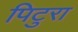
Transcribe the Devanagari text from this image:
पिटुरा